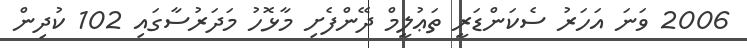
2006 ވަނަ އަހަރު ސެކަންޑަރީ ތަޢުލީމް ދޭންފެށި މާޅޮހު މަދަރުސާގައި 102 ކުދިން